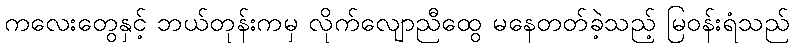
ကလေးတွေနှင့် ဘယ်တုန်းကမှ လိုက်လျောညီထွေ မနေတတ်ခဲ့သည့် မြဝန်းရံသည်